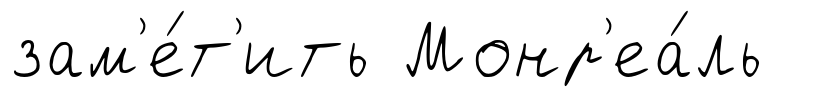
зам'е́т'ить Монр'еа́ль